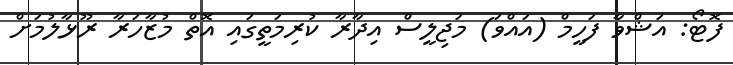
ފޮޓޯ: އަޝްވާ ފަހީމް (އައްވަ) މަޖިލީސް އިދާރާ ކުރިމަތީގައި އޮތް މުޒާހަރާ ރޫޅާލުމަށް